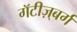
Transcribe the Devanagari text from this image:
गॅटीज़्बर्ग